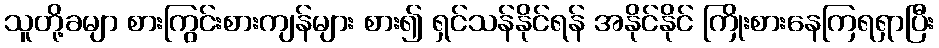
သူတို့ခမျာ စားကြွင်းစားကျန်များ စား၍ ရှင်သန်နိုင်ရန် အနိုင်နိုင် ကြိုးစားနေကြရရှာပြီး